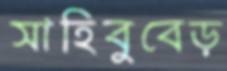
সাহিবুবেড়